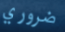
ضروري